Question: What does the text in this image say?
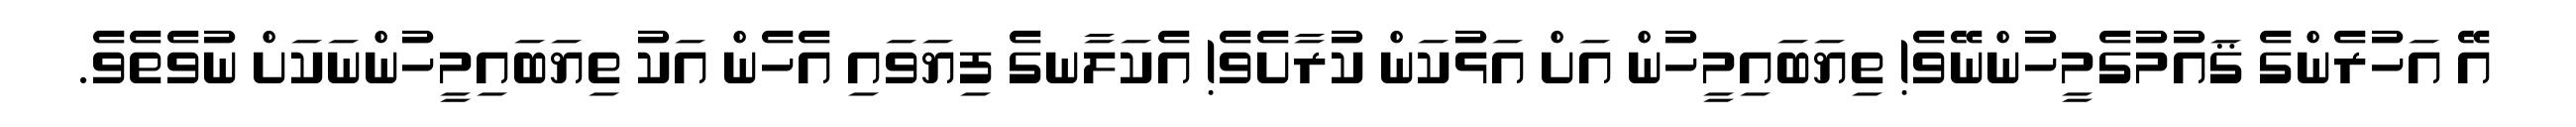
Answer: އޭ އަހުރެންގެ ޤައުމުގެމީހުންނޭވެ! ތިޔަބައިމީހުން އަށް އަޅުކަން ކުރާށެވެ! އެކަލާނގެ ފިޔަވައި އެހެން އަކު ތިޔަބައިމީހުންނަކަށް ނުވެތެވެ.